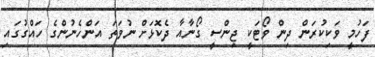
ފަހުމީ ވަކިކުރަން ދިން ވޯޓަކީ ޖިންސީ ގޯނާއާ ދެކޮޅަށް ނުވަތަ އަންހެނުންގެ ހައްގުގައި